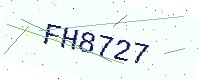
Text: FH8727